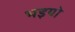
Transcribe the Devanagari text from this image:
भइयो